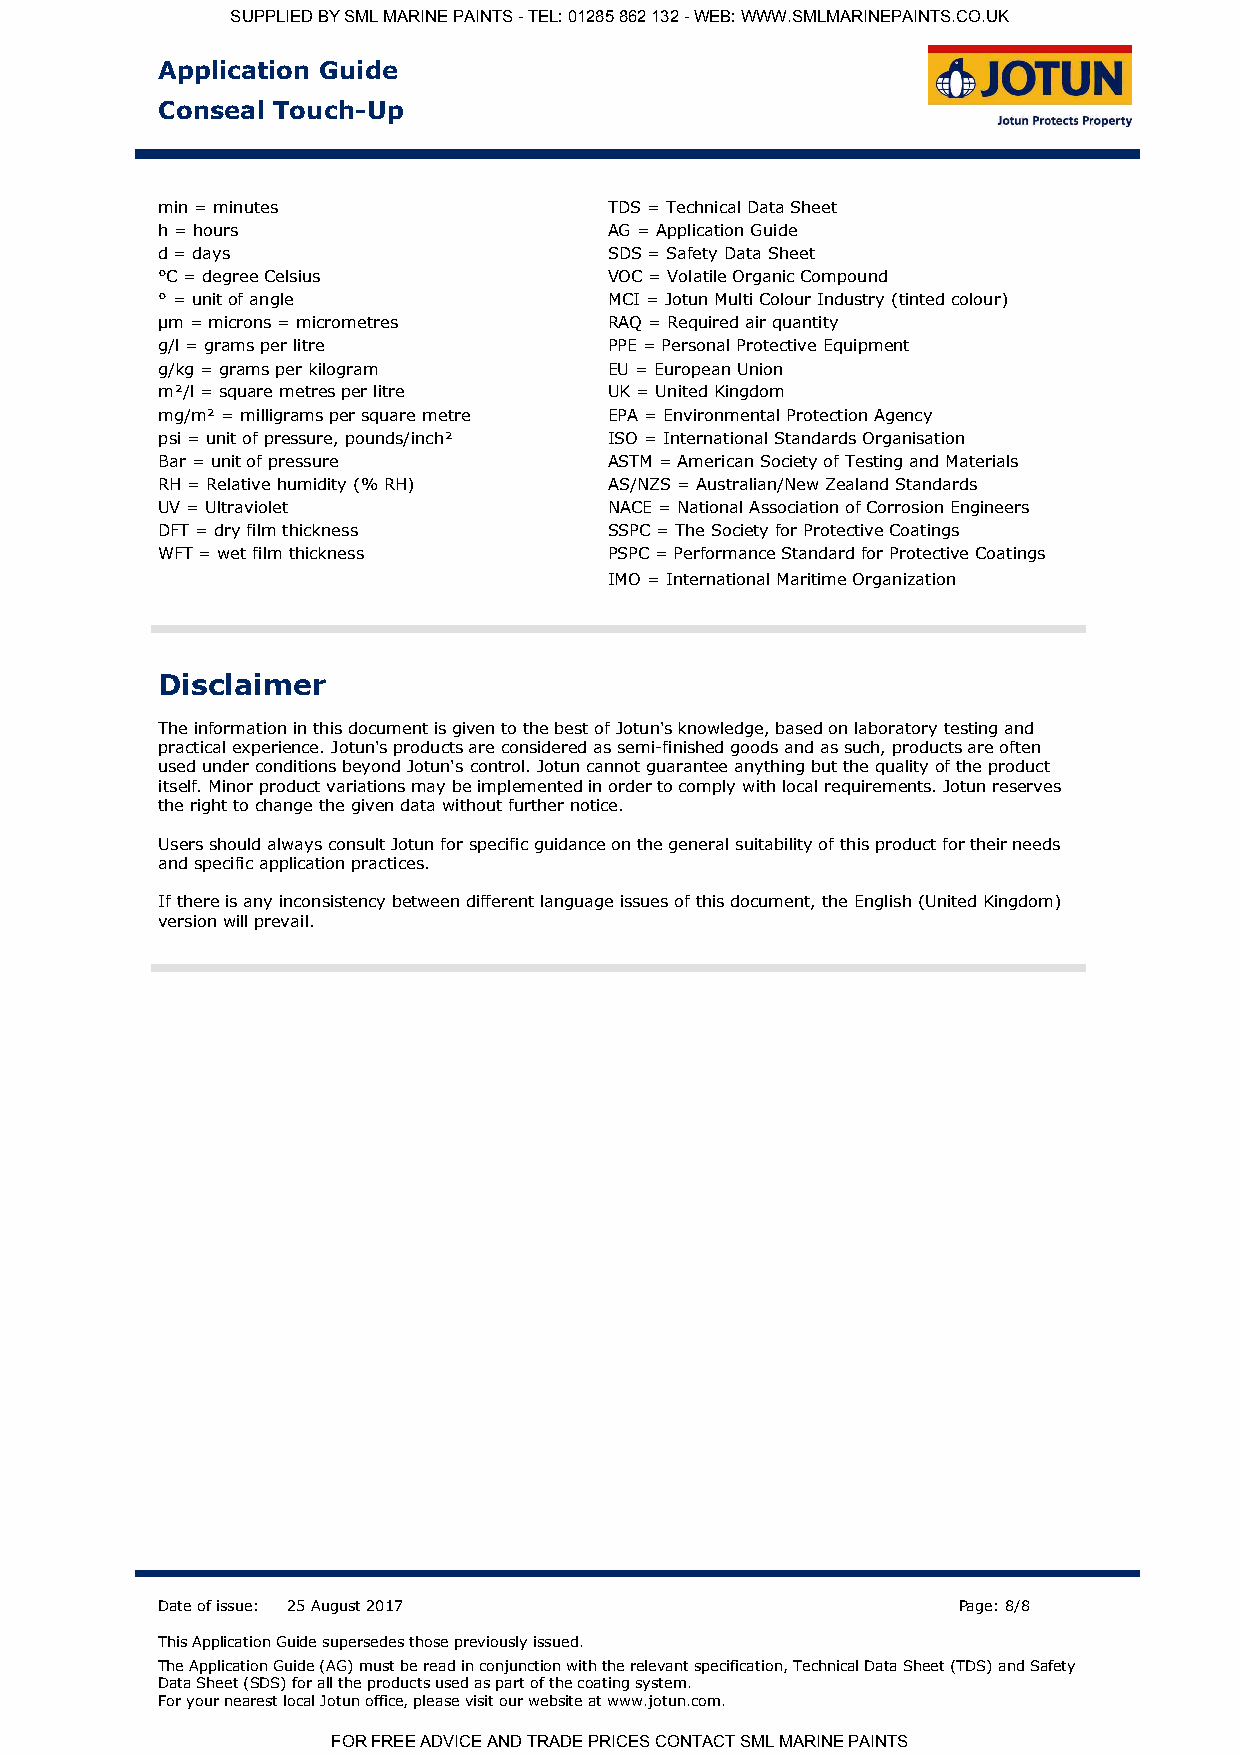
SUPPLIED BY SML MARINE PAINTS - TEL: 01285 862 132 - WEB: WWW.SMLMARINEPAINTS.CO.UK
 Application Guide
 Conseal Touch-Up
 min = minutes                 TDS = Technical Data Sheet
 h = hours                     AG = Application Guide
 d = days                      SDS = Safety Data Sheet
 °C = degree Celsius           VOC = Volatile Organic Compound
 ° = unit of angle             MCI = Jotun Multi Colour Industry (tinted colour)
 µm = microns = micrometres    RAQ = Required air quantity
 g/l = grams per litre         PPE = Personal Protective Equipment
 g/kg = grams per kilogram     EU = European Union
 m²/l = square metres per litre UK = United Kingdom
 mg/m² = milligrams per square metre EPA = Environmental Protection Agency
 psi = unit of pressure, pounds/inch² ISO = International Standards Organisation
 Bar = unit of pressure        ASTM = American Society of Testing and Materials
 RH = Relative humidity (% RH) AS/NZS = Australian/New Zealand Standards
 UV = Ultraviolet              NACE = National Association of Corrosion Engineers
 DFT = dry film thickness      SSPC = The Society for Protective Coatings
 WFT = wet film thickness      PSPC = Performance Standard for Protective Coatings
 IMO = International Maritime Organization
 Disclaimer
 The information in this document is given to the best of Jotun's knowledge, based on laboratory testing and
 practical experience. Jotun's products are considered as semi-finished goods and as such, products are often
 used under conditions beyond Jotun's control. Jotun cannot guarantee anything but the quality of the product
 itself. Minor product variations may be implemented in order to comply with local requirements. Jotun reserves
 the right to change the given data without further notice.
 Users should always consult Jotun for specific guidance on the general suitability of this product for their needs
 and specific application practices.
 If there is any inconsistency between different language issues of this document, the English (United Kingdom)
 version will prevail.
 Date of issue: 25 August 2017                        Page: 8/8
 This Application Guide supersedes those previously issued.
 The Application Guide (AG) must be read in conjunction with the relevant specification, Technical Data Sheet (TDS) and Safety
 Data Sheet (SDS) for all the products used as part of the coating system.
 For your nearest local Jotun office, please visit our website at www.jotun.com.
 FOR FREE ADVICE AND TRADE PRICES CONTACT SML MARINE PAINTS